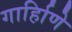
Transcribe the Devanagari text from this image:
गार्हािणे